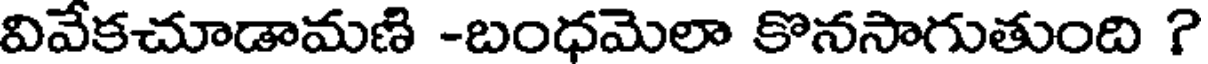
వివేకచూడామణి -బంధమెలా కొనసాగుతుంది ?